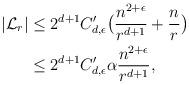
LaTeX: \begin{align*}|\mathcal{L}_{r}|&\leq 2^{d+1}C^\prime_{d,\epsilon}\big(\frac{n^{2+\epsilon}}{r^{d+1}}+\frac{n}{r}\big)\\&\leq 2^{d+1}C^\prime_{d,\epsilon}\alpha \frac{n^{2+\epsilon}}{r^{d+1}},\end{align*}